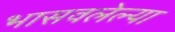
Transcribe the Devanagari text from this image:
भासवलेल्या